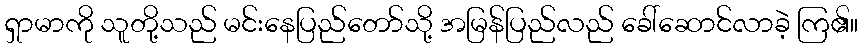
ရှာမာကို သူတို့သည် မင်းနေပြည်တော်သို့ အမြန်ပြည်လည် ခေါ်ဆောင်လာခဲ့ ကြ၏။